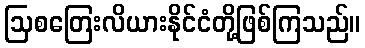
ဩစတြေးလိယားနိုင်ငံတို့ဖြစ်ကြသည်။